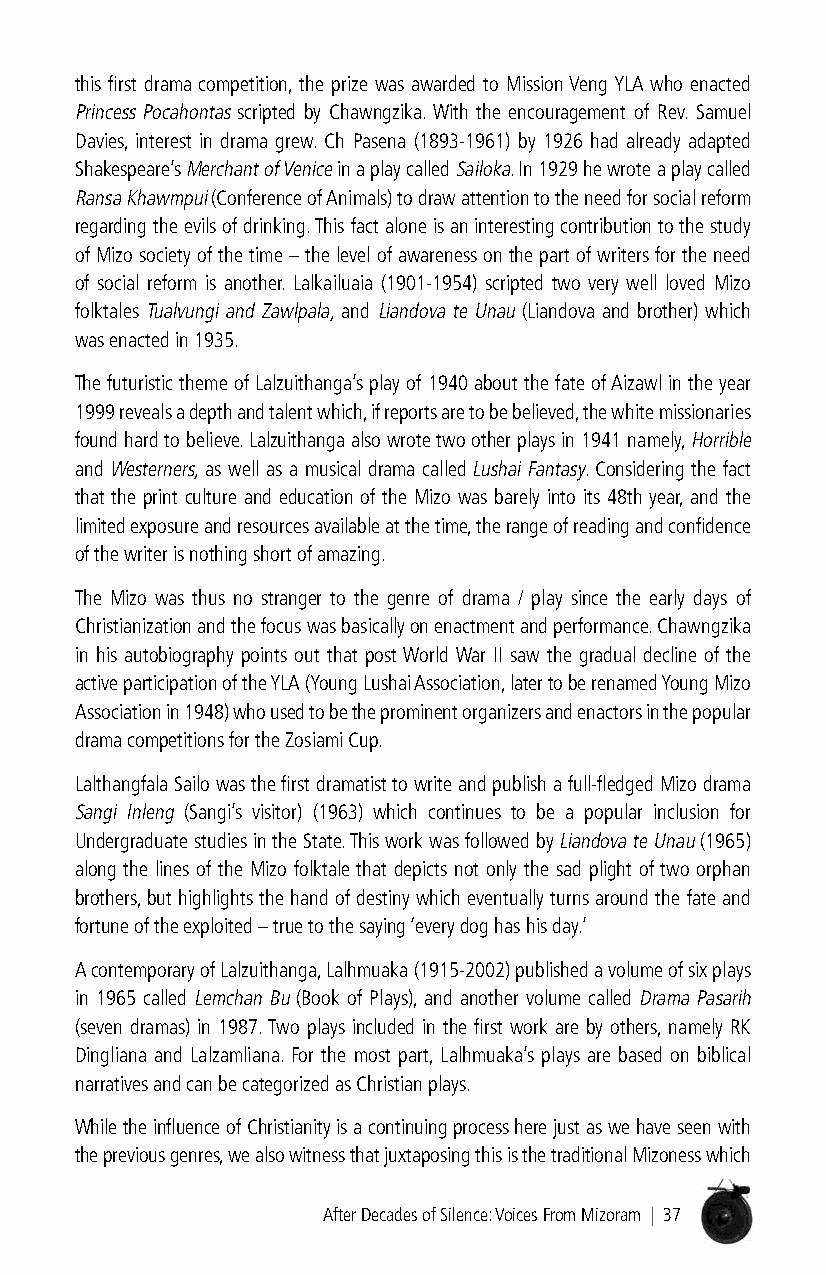
this first drama competition, the prize was awarded to Mission Veng YLA who enacted
 Princess Pocahontas scripted by Chawngzika. With the encouragement of Rev. Samuel
 Davies, interest in drama grew. Ch Pasena (1893-1961) by 1926 had already adapted
 Shakespeare’s Merchant of Venice in a play called Sailoka. In 1929 he wrote a play called
 Ransa Khawmpui (Conference of Animals) to draw attention to the need for social reform
 regarding the evils of drinking. This fact alone is an interesting contribution to the study
 of Mizo society of the time – the level of awareness on the part of writers for the need
 of social reform is another. Lalkailuaia (1901-1954) scripted two very well loved Mizo
 folktales Tualvungi and Zawlpala, and Liandova te Unau (Liandova and brother) which
 was enacted in 1935.
 The futuristic theme of Lalzuithanga’s play of 1940 about the fate of Aizawl in the year
 1999 reveals a depth and talent which, if reports are to be believed, the white missionaries
 found hard to believe. Lalzuithanga also wrote two other plays in 1941 namely, Horrible
 and Westerners, as well as a musical drama called Lushai Fantasy. Considering the fact
 that the print culture and education of the Mizo was barely into its 48th year, and the
 limited exposure and resources available at the time, the range of reading and confidence
 of the writer is nothing short of amazing.
 The Mizo was thus no stranger to the genre of drama / play since the early days of
 Christianization and the focus was basically on enactment and performance. Chawngzika
 in his autobiography points out that post World War II saw the gradual decline of the
 active participation of the YLA (Young Lushai Association, later to be renamed Young Mizo
 Association in 1948) who used to be the prominent organizers and enactors in the popular
 drama competitions for the Zosiami Cup.
 Lalthangfala Sailo was the first dramatist to write and publish a full-fledged Mizo drama
 Sangi Inleng (Sangi’s visitor) (1963) which continues to be a popular inclusion for
 Undergraduate studies in the State. This work was followed by Liandova te Unau (1965)
 along the lines of the Mizo folktale that depicts not only the sad plight of two orphan
 brothers, but highlights the hand of destiny which eventually turns around the fate and
 fortune of the exploited – true to the saying ‘every dog has his day.’
 A contemporary of Lalzuithanga, Lalhmuaka (1915-2002) published a volume of six plays
 in 1965 called Lemchan Bu (Book of Plays), and another volume called Drama Pasarih
 (seven dramas) in 1987. Two plays included in the first work are by others, namely RK
 Dingliana and Lalzamliana. For the most part, Lalhmuaka’s plays are based on biblical
 narratives and can be categorized as Christian plays.
 While the influence of Christianity is a continuing process here just as we have seen with
 the previous genres, we also witness that juxtaposing this is the traditional Mizoness which
 After Decades of Silence: Voices From Mizoram | 37